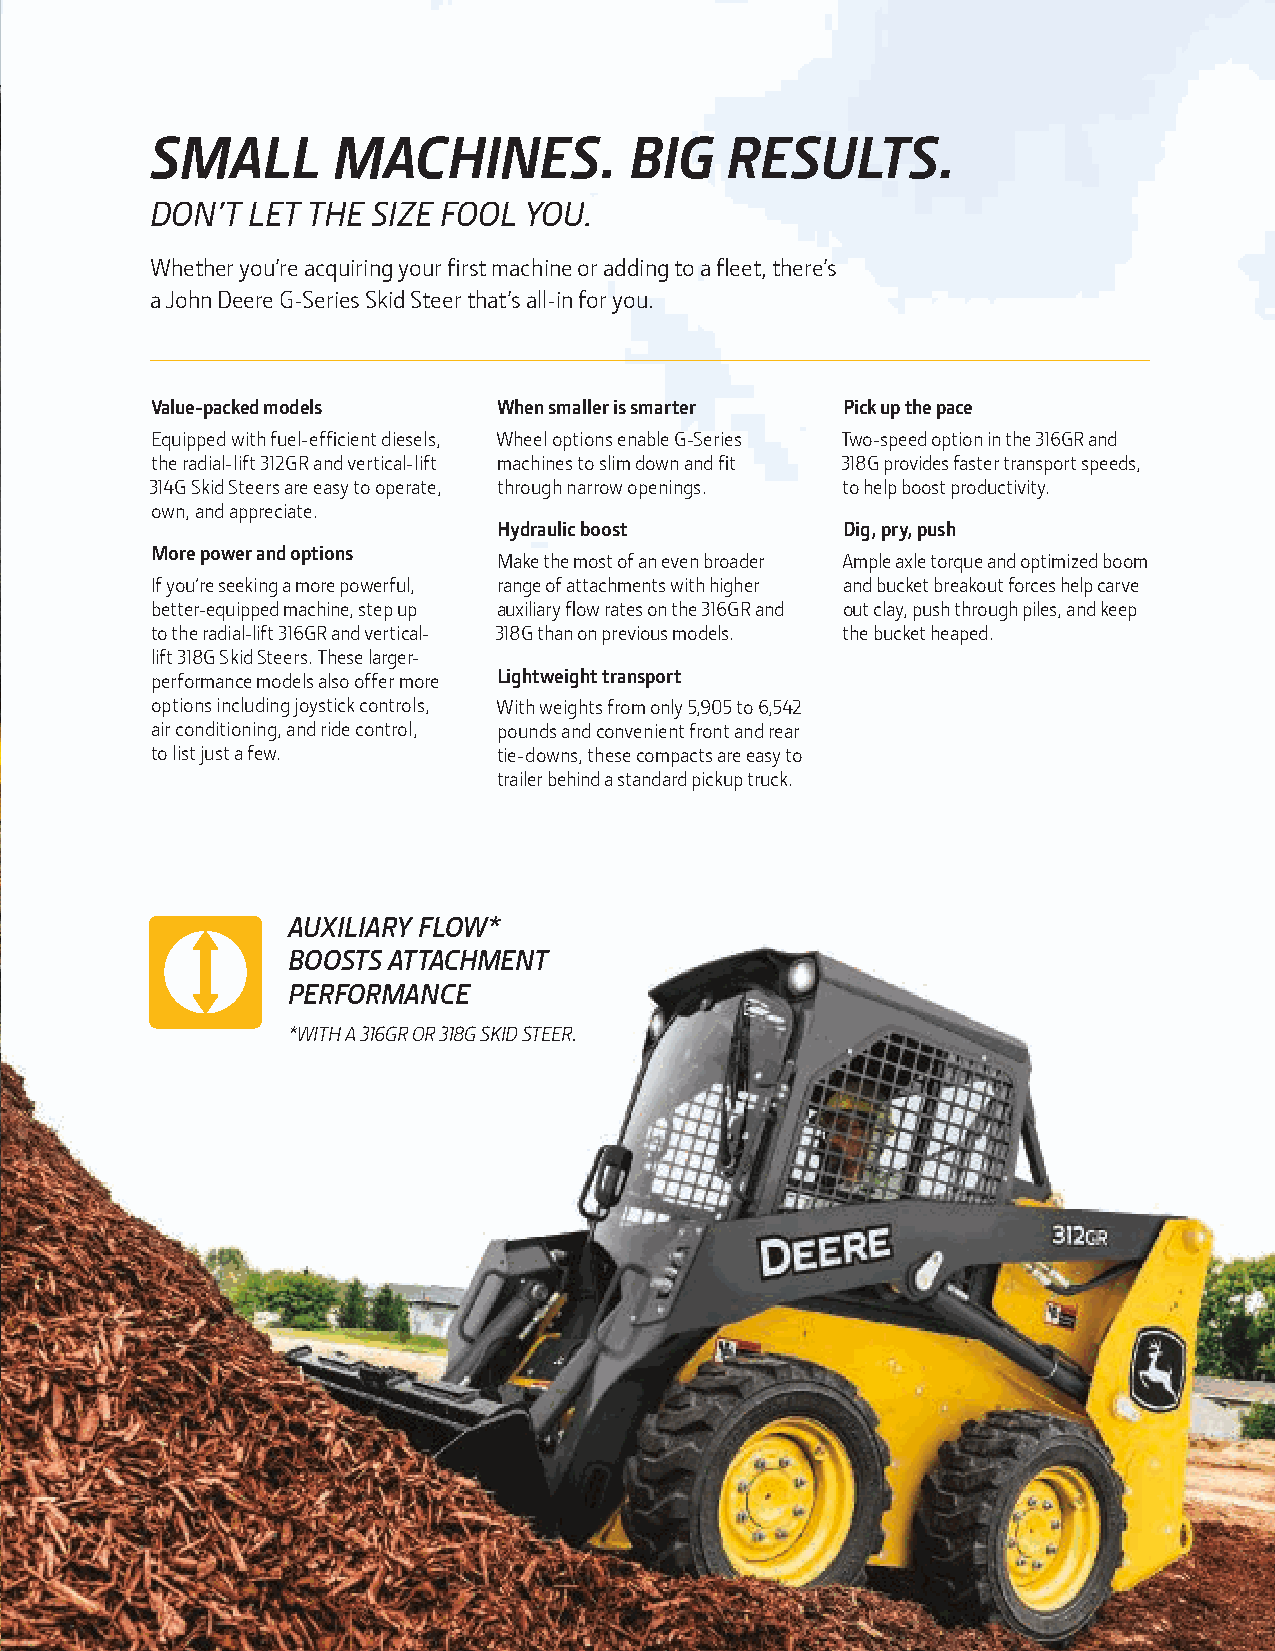
SMALL       MACHINES.           BIG   RESULTS.
 DON’T LET THE  SIZE FOOL YOU.
 Whether you’re acquiring your first machine or adding to a fleet, there’s
 a John Deere G-Series Skid Steer that’s all-in for you.
 Value-packed models    When smaller is smarter Pick up the pace
 Equipped with fuel-efficient diesels, Wheel options enable G-Series Two-speed option in the 316GR and
 the radial-lift 312GR and vertical-lift machines to slim down and fit 318G provides faster transport speeds,
 314G Skid Steers are easy to operate, through narrow openings. to help boost productivity.
 own, and appreciate.
 Hydraulic boost        Dig, pry, push
 More power and options
 Make the most of an even broader Ample axle torque and optimized boom
 If you’re seeking a more powerful, range of attachments with higher and bucket breakout forces help carve
 better-equipped machine, step up auxiliary flow rates on the 316GR and out clay, push through piles, and keep
 to the radial-lift 316GR and vertical- 318G than on previous models. the bucket heaped.
 lift 318G Skid Steers. These larger-
 performance models also offer more Lightweight transport
 options including joystick controls, With weights from only 5,905 to 6,542
 air conditioning, and ride control, pounds and convenient front and rear
 to list just a few.    tie-downs, these compacts are easy to
 trailer behind a standard pickup truck.
 AUXILIARY FLOW*
 BOOSTS ATTACHMENT
 PERFORMANCE
 * WITH A 316GR OR 318G SKID STEER.